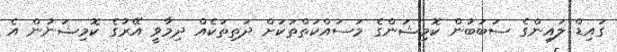
ގައިޑް ލައިންގެ ސަބަބުން ކޮމިޝަންގެ މަސައްކަތްތަކަށް ދަތިތަކެއް ދިމާވީ އޭރުގެ ކޮމިޝަނުން އެ